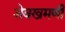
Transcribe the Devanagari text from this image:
शेवखमणी